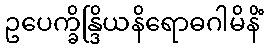
ဥပေက္ခိန္ဒြိယနိရောဓဂါမိနိံ